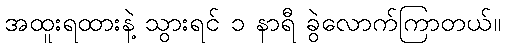
အထူးရထားနဲ့ သွားရင် ၁ နာရီ ခွဲလောက်ကြာတယ်။